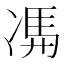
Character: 𠗦